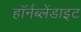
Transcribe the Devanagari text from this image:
हॉर्नब्लेंडाइट